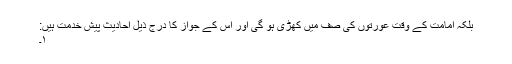
بلکہ امامت کے وقت عورتوں کی صف میں کھڑی ہو گی اور اس کے جواز کا درج ذیل احادیث پیش خدمت ہیں:
۱۔